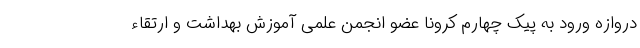
دروازه ورود به پیک چهارم کرونا عضو انجمن علمی آموزش بهداشت و ارتقاء